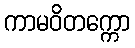
ကာမဝိတက္ကော